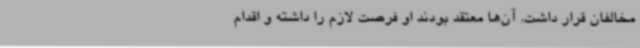
مخالفان قرار داشت. آن‌ها معتقد بودند او فرصت لازم را داشته و اقدام